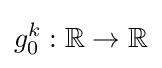
g_{0}^{k}:\mathbb {R} \to \mathbb {R}